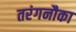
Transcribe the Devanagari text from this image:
तरंगनौका